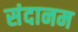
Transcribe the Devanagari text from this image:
संदानम